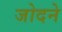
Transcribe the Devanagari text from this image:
जोदने